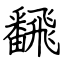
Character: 飜